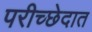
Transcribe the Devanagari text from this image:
परीच्छेदात